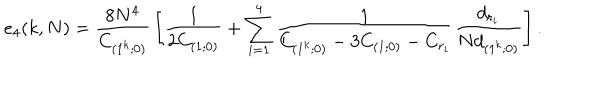
LaTeX: e _ { 4 } ( k , N ) = { \frac { 8 N ^ { 4 } } { C _ { ( 1 ^ { k } ; 0 ) } } } \left[ { \frac { 1 } { 2 C _ { ( 1 ; 0 ) } } } + \sum _ { i = 1 } ^ { 4 } { \frac { 1 } { C _ { ( 1 ^ { k } ; 0 ) } - 3 C _ { ( 1 ; 0 ) } - C _ { r _ { i } } } } { \frac { d _ { r _ { i } } } { N d _ { ( 1 ^ { k } ; 0 ) } } } \right] .